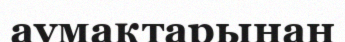
аумақтарынан